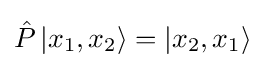
{\hat {P}}\left|x_{1},x_{2}\right\rangle =\left|x_{2},x_{1}\right\rangle